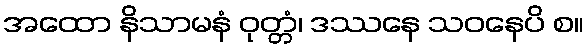
အထော နိသာမနံ ဝုတ္တံ၊ ဒဿနေ သဝနေပိ စ။